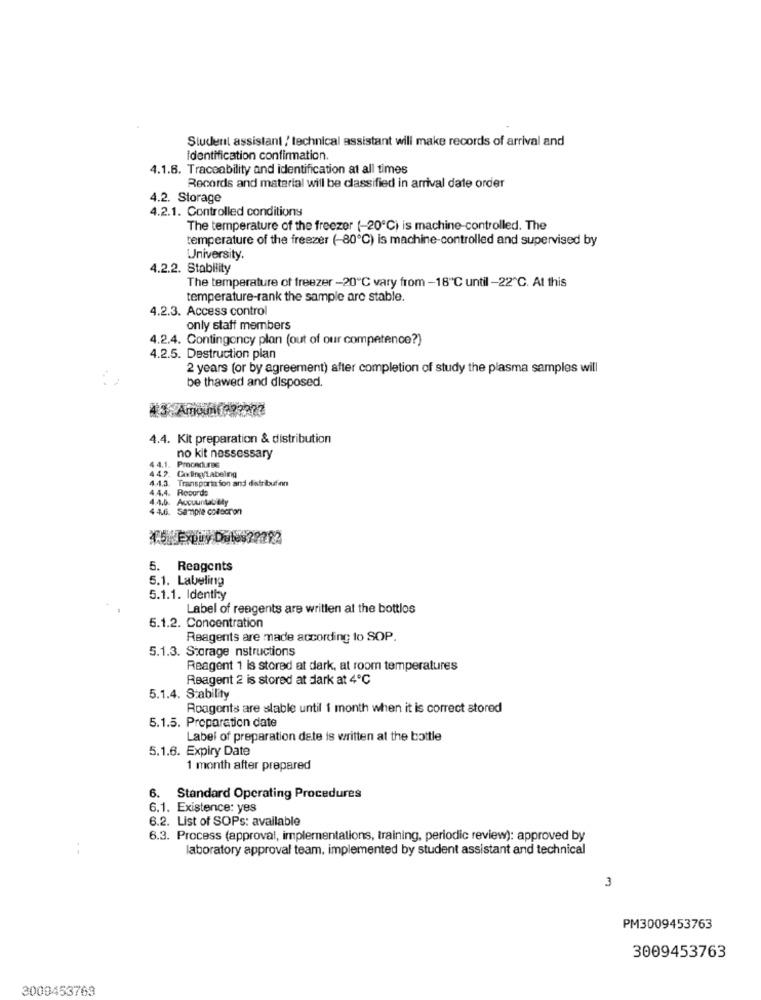
Student assistant / technical assistant will make records of arrival and
identification confirmation.
4.1.8. Traceability and identification at all times
Records and material will be classified in arrival date order
4.2. Storage
4.2.1. Controlled conditions
The temperature of the freezer (-20℃) is machine-controlled. The
temperature of the freezer (-80℃) is machine-controlled and supervised by
University.
4.2.2. Stability
The temperature of freezer -20℃ vary from -18"℃ until -22 ℃. At this
temperature-rank the sample are stable.
4.2.3. Access control
only staff members
4.2.4. Contingency plan (out of our competence?)
4.2.5. Destruction plan
2 years (or by agreement) after completion of study the plasma samples will
be thawed and disposed.
#3-Amoun 1993277
4.4. Kit preparation & distribution
no kit nessessary
44.1. Procedures
44.2. Coding/Labelng
4.1.3. Transportaion and distribufinn
4.4.4. Records
4.4.0. Aucuuntabely
44.4.
44.6.
Sample colscron
25 Expuy Dules?2292
5. Reagents
5.1. Labeling
5.1.1. Identhy
Label of reagents are written at the bottlos
6.1.2. Concentration
Reagents are made according to SOP.
5.1.3. Storage nstructions
Reagent 1 is stored at dark, at room temperatures
Reagent 2 is stored at dark at 4℃
5.1.4. Stability
Roagents are slable until 1 month when it is correct stored
5.1.5. Preparation date
Label of preparation date is written at the bottle
5.1.6. Expiry Date
1 month after prepared
6. Standard Operating Procedures
6.1. Existence: yes
6.2. List of SOPs: available
6.3. Process (approval, implementations, training, periodic review): approved by
laboratory approval team. implemented by student assistant and technical
3
PM3009453763
3009453763
3009453763